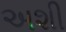
અશી